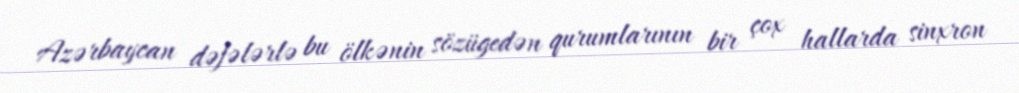
Azərbaycan dəfələrlə bu ölkənin sözügedən qurumlarının bir çox hallarda sinxron